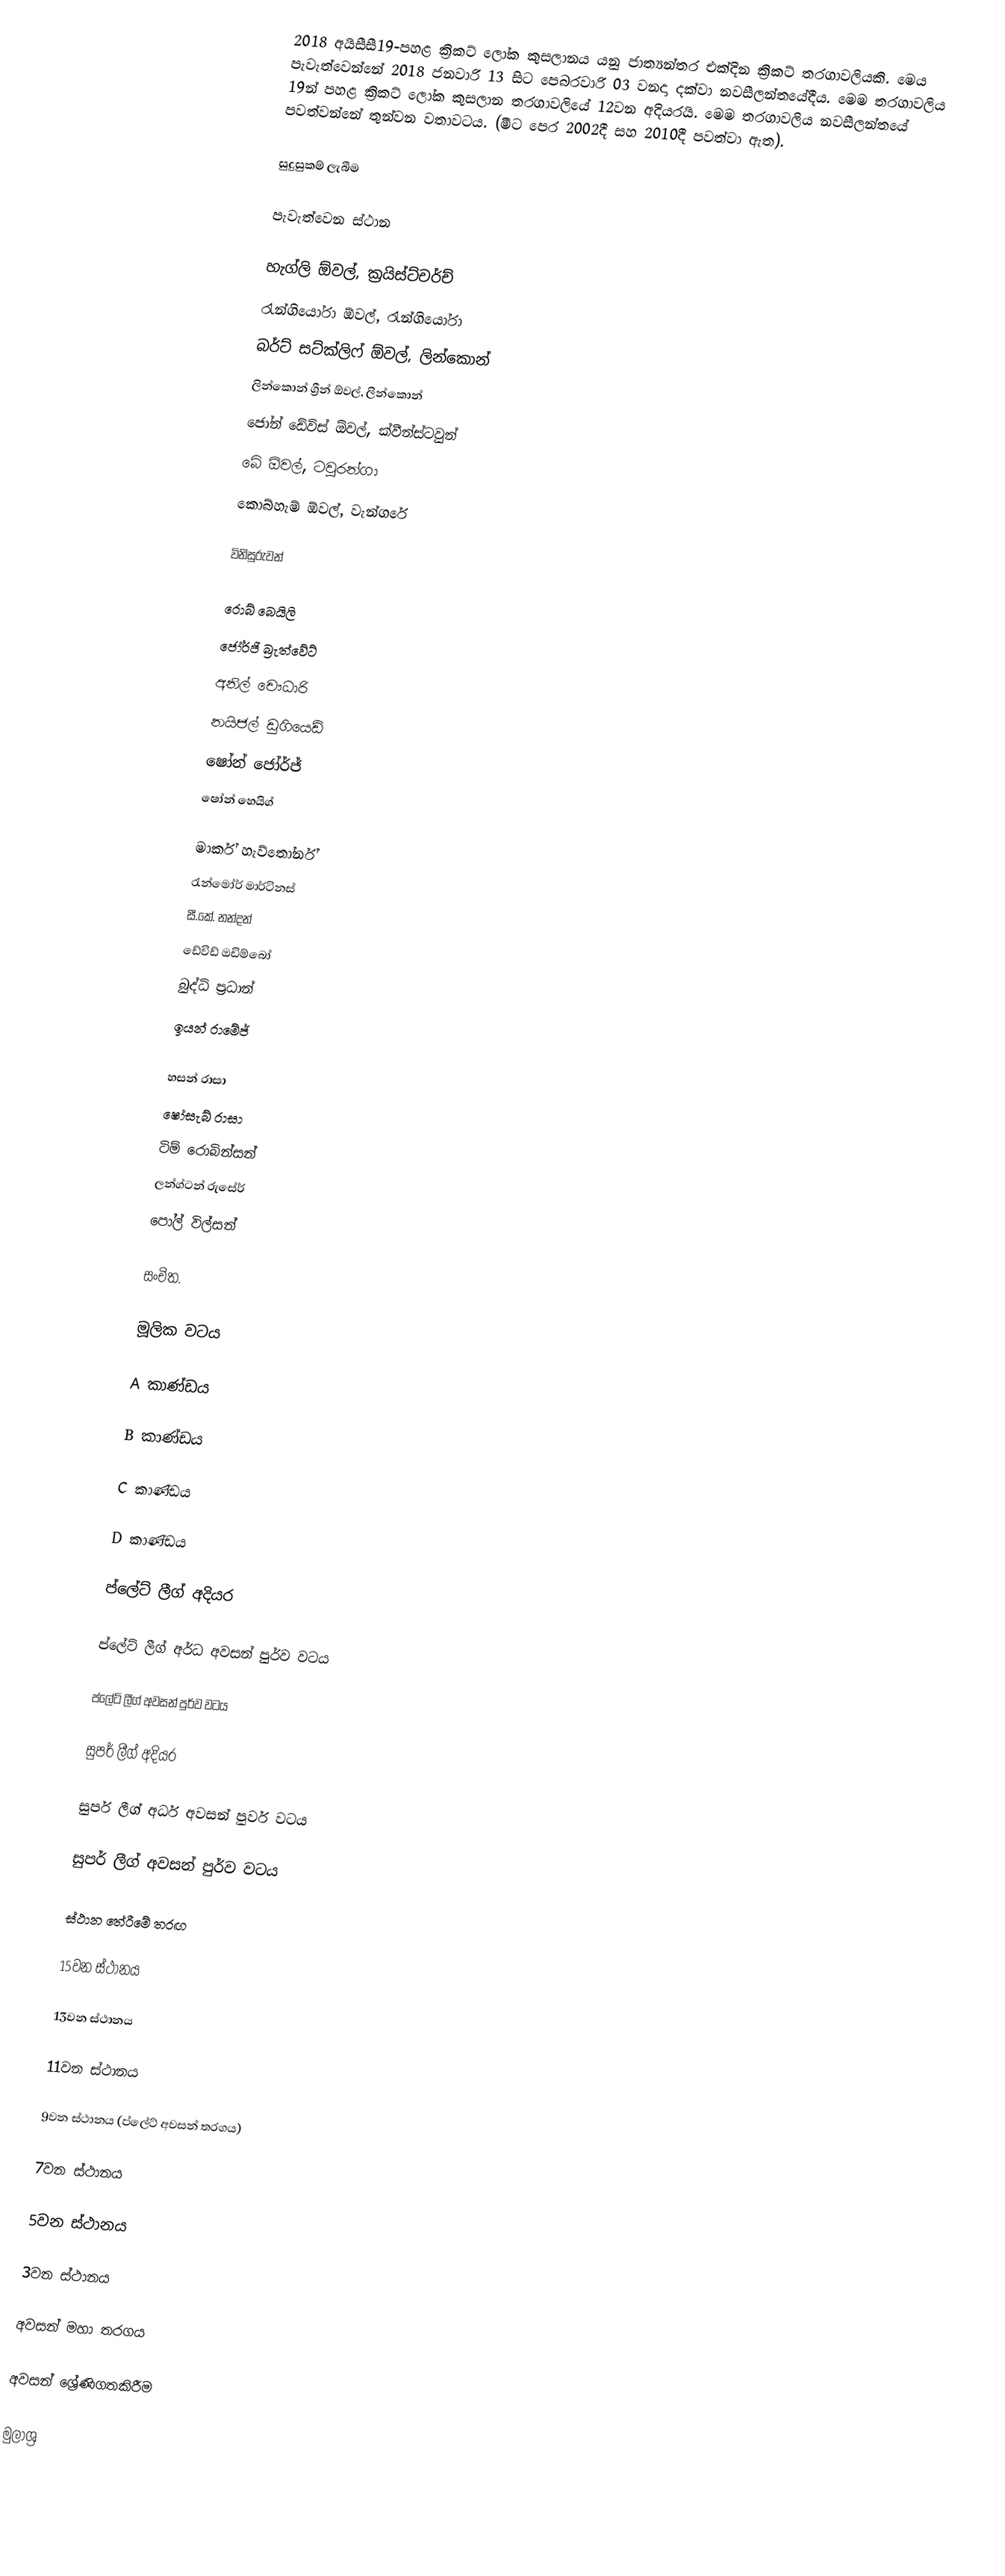
2018 අයිසීසී19-පහළ ක්‍රිකට් ලෝක කුසලානය යනු ජාත්‍යන්තර එක්දින ක්‍රිකට් තරගාවලියකි. මෙය පැවැත්වෙන්නේ 2018 ජනවාරි 13 සිට පෙබරවාරි 03 වනදා දක්වා නවසීලන්තයේදීය. මෙම තරගාවලිය 19න් පහළ ක්‍රිකට් ලෝක කුසලාන තරගාවලියේ 12වන අදියරයි. මෙම තරගාවලිය නවසීලන්තයේ පවත්වන්නේ තුන්වන වතාවටය. (මීට පෙර 2002දී සහ 2010දී පවත්වා ඇත).

සුදුසුකම් ලැබීම

පැවැත්වෙන ස්ථාන

 හැග්ලි ඕවල්, ක්‍රයිස්ට්චර්ච්
 රැන්ගියෝරා ඕවල්, රැන්ගියෝරා
 බර්ට් සට්ක්ලිෆ් ඕවල්, ලින්කොන්
 ලින්කොන් ග්‍රීන් ඕවල්, ලින්කොන්
 ජෝන් ඩේවිස් ඕවල්, ක්වීන්ස්ටවුන්
 බේ ඕවල්, ටවුරන්ගා
 කොබ්හැම් ඕවල්, වැන්ගරේ

විනිසුරුවන්

  රොබ් බෙයිලි
  ජෝර්ජි බ්‍රැත්වේට්
  අනිල් චෞධාරි
  නයිජල් ඩුගියෙඩ්
  ෂෝන් ජෝර්ජ්
  ෂෝන් හෙයිග්

  මාර්ක් හැව්තෝර්න්
  රැන්මෝර් මාර්ටිනස්
  සී.කේ. නන්දන්
  ඩේවිඩ් ඔඩිම්බෝ
  බුද්ධි ප්‍රධාන්
  ඉයන් රාමේජ්

  හසන් රාසා
  ෂෝසැබ් රාසා
  ටිම් රොබින්සන්
  ලන්ග්ටන් රුසේර්
  පෝල් විල්සන්

සංචිත.

මූලික වටය

A කාණ්ඩය

B කාණ්ඩය

C කාණ්ඩය

D කාණ්ඩය

ප්ලේට් ලීග් අදියර

ප්ලේට් ලීග් අර්ධ අවසන් පුර්ව වටය

ප්ලේට් ලීග් අවසන් පුර්ව වටය

සුපර් ලීග් අදියර

සුපර් ලීග් අර්ධ අවසන් පුර්ව වටය

සුපර් ලීග් අවසන් පුර්ව වටය

ස්ථාන තේරීමේ තරඟ

15වන ස්ථානය

13වන ස්ථානය

11වන ස්ථානය

9වන ස්ථානය (ප්ලේට් අවසන් තරගය)

7වන ස්ථානය

5වන ස්ථානය

3වන ස්ථානය

අවසන් මහා තරගය

අවසන් ශ්‍රේණිගතකිරීම

මුලාශ්‍ර